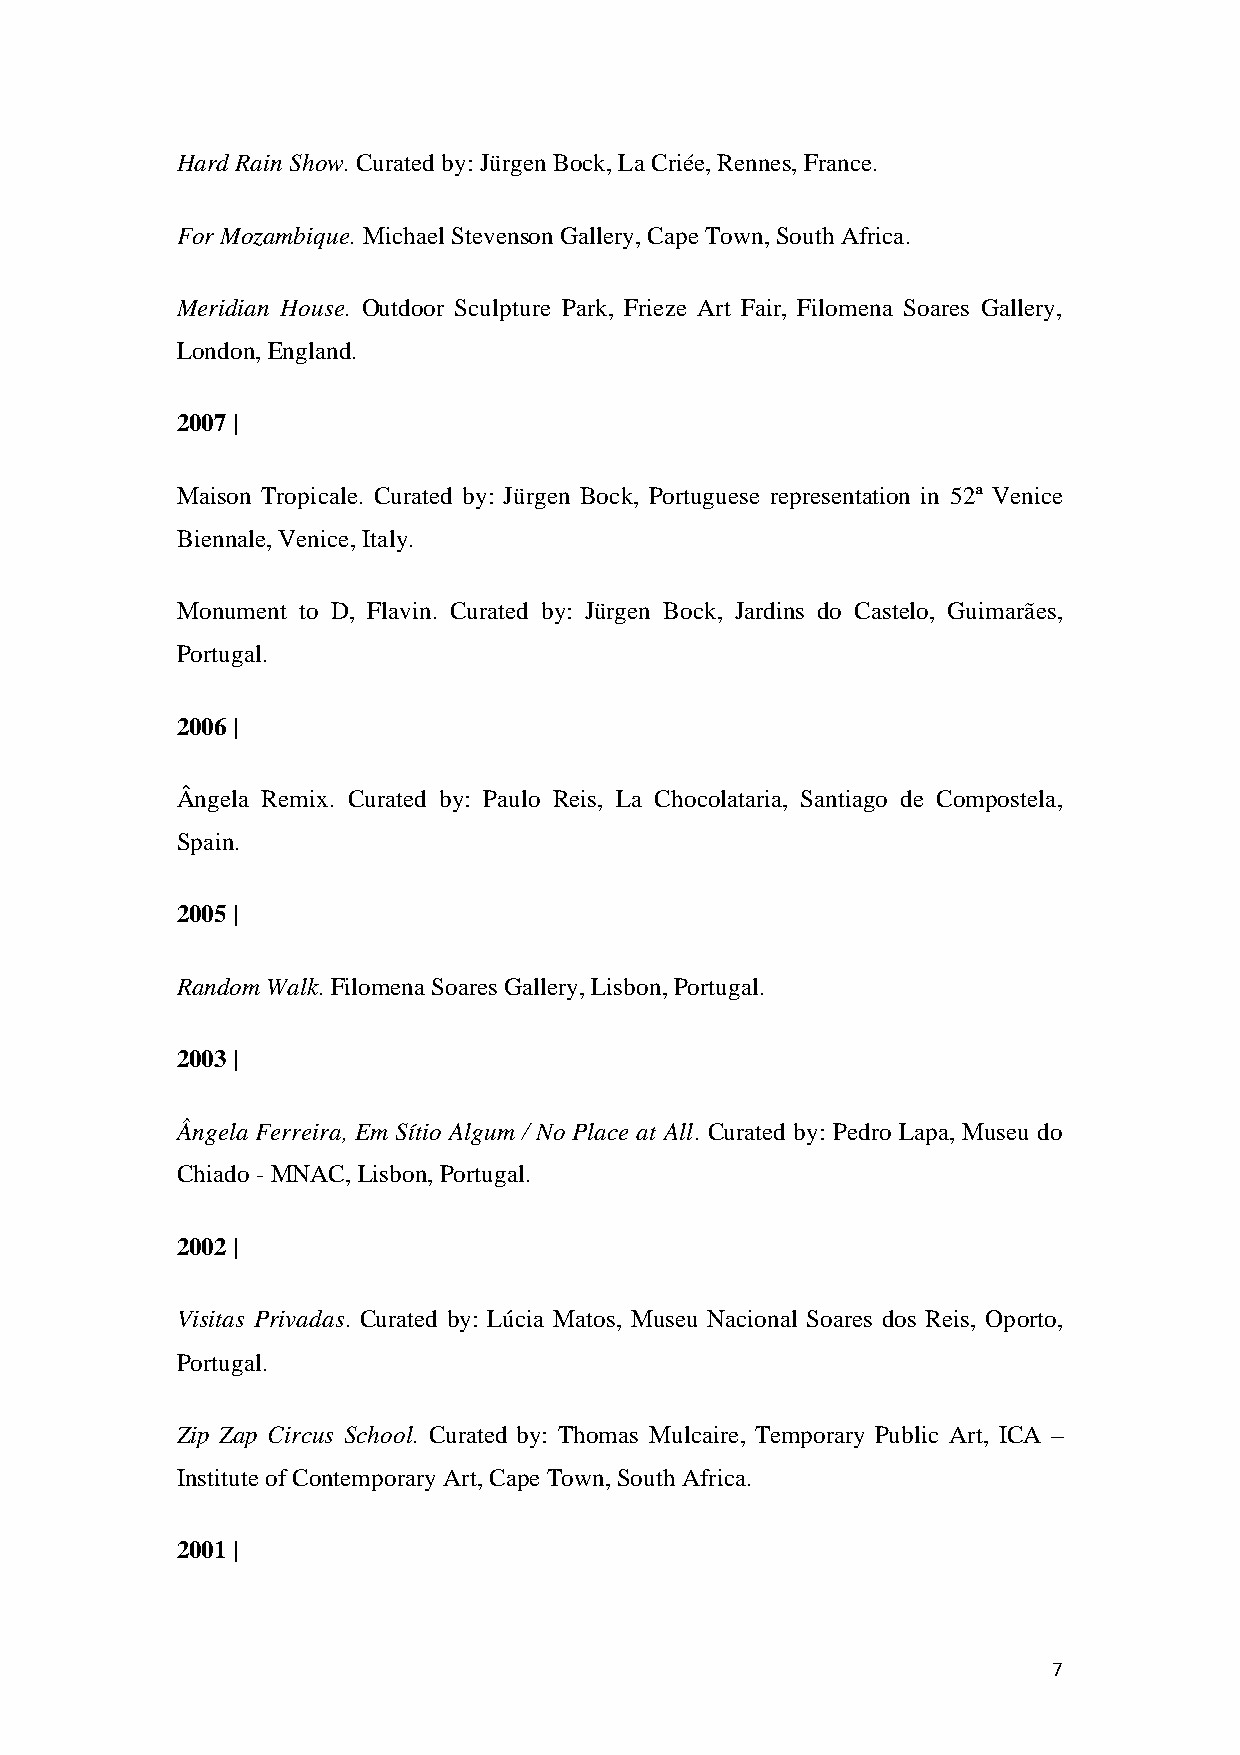
Hard Rain Show. Curated by: Jürgen Bock, La Criée, Rennes, France.
 For Mozambique. Michael Stevenson Gallery, Cape Town, South Africa.
 Meridian House. Outdoor Sculpture Park, Frieze Art Fair, Filomena Soares Gallery,
 London, England.
 2007 |
 Maison Tropicale. Curated by: Jürgen Bock, Portuguese representation in 52ª Venice
 Biennale, Venice, Italy.
 Monument to D, Flavin. Curated by: Jürgen Bock, Jardins do Castelo, Guimarães,
 Portugal.
 2006 |
 Ângela Remix. Curated by: Paulo Reis, La Chocolataria, Santiago de Compostela,
 Spain.
 2005 |
 Random Walk. Filomena Soares Gallery, Lisbon, Portugal.
 2003 |
 Ângela Ferreira, Em Sítio Algum / No Place at All. Curated by: Pedro Lapa, Museu do
 Chiado - MNAC, Lisbon, Portugal.
 2002 |
 Visitas Privadas. Curated by: Lúcia Matos, Museu Nacional Soares dos Reis, Oporto,
 Portugal.
 Zip Zap Circus School. Curated by: Thomas Mulcaire, Temporary Public Art, ICA –
 Institute of Contemporary Art, Cape Town, South Africa.
 2001 |
 7